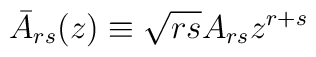
\bar A_{rs}(z)\equiv\sqrt{rs}A_{rs}z^{r+s}